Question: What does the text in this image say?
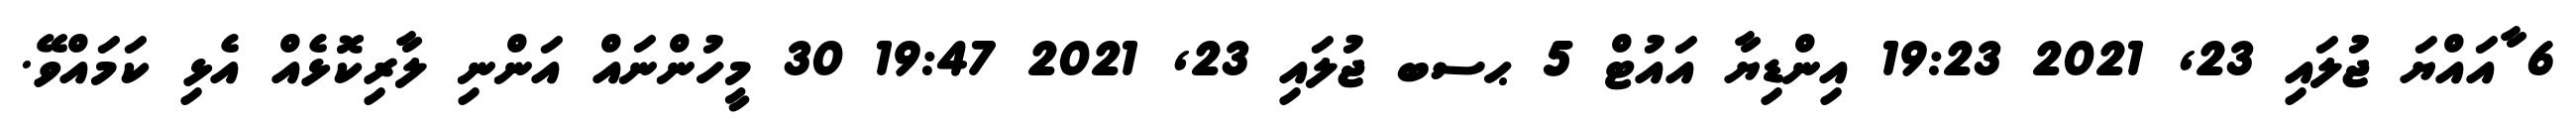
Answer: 6 ާއައްޔަ ޖުލައި 23, 2021 19:23 އިންޑިޔާ އައުޓް 5 ޙސބ ޖުލައި 23, 2021 19:47 30 މީހުންނައް އަންނި ލާރިކޮޅެއް އެޅި ކަމައްވޭ.